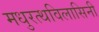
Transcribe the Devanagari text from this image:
मधुरत्थविलासिनी